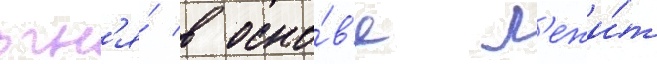
огн'я́ в осно́в'е л'ежи́т